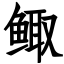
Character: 鲰